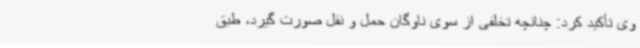
وی تأکید کرد: چنانچه تخلفی از سوی ناوگان حمل و نقل صورت گیرد، طبق